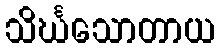
သိင်္ဃသောတာယ